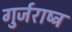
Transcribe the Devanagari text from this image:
गुर्जराष्ट्र